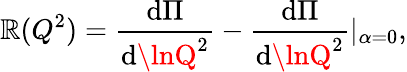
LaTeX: \mathbb{R}(Q^{2})=\frac{{\mathrm{{d}}\Pi}}{{\mathrm{{d}}\lnQ^{2}}}-\frac{{\mathrm{{d}}\Pi}}{{\mathrm{{d}}\lnQ^{2}}}|_{\alpha=0},